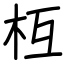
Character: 枑